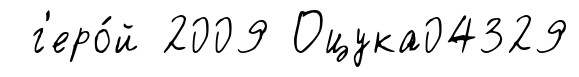
г'еро́й 2009 Оцука04329